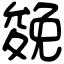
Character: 𠬍